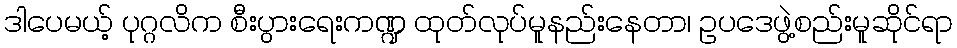
ဒါပေမယ့် ပုဂ္ဂလိက စီးပွားရေးကဏ္ဍ ထုတ်လုပ်မူနည်းနေတာ၊ ဥပဒေဖွဲ့စည်းမူဆိုင်ရာ